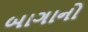
બાગાનો